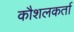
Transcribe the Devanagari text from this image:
कौशलकर्ता